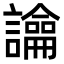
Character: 𧭆